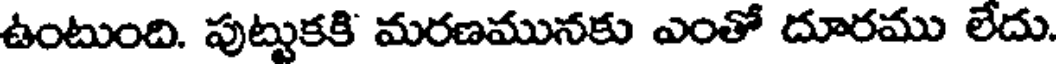
ఉంటుంది. పుట్టుకకి మరణమునకు ఎంతో దూరము లేదు.